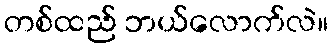
တစ်ထည် ဘယ်လောက်လဲ။